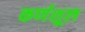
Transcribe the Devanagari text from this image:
कर्णशूल